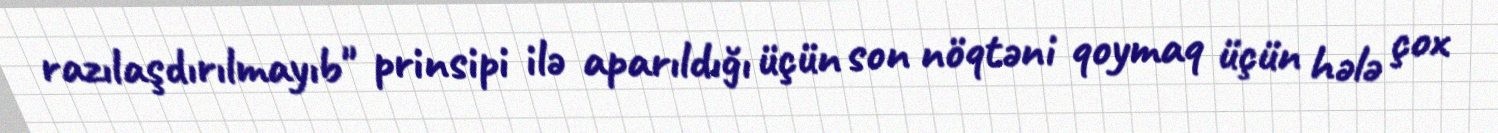
razılaşdırılmayıb" prinsipi ilə aparıldığı üçün son nöqtəni qoymaq üçün hələ çox